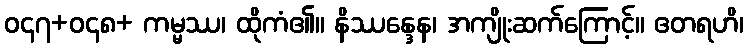
ဝ၄၇+ဝ၄၈+ ကမ္မဿ၊ ထိုကံ၏။ နိဿန္ဒေန၊ အကျိုးဆက်ကြောင့်။ ဧတရဟိ၊